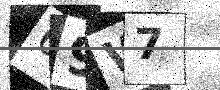
Text: 69W7